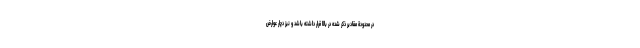
در محدودة مقادیر ذکر شده در بالا قرار داشته باشد و نیز دچار عوارض